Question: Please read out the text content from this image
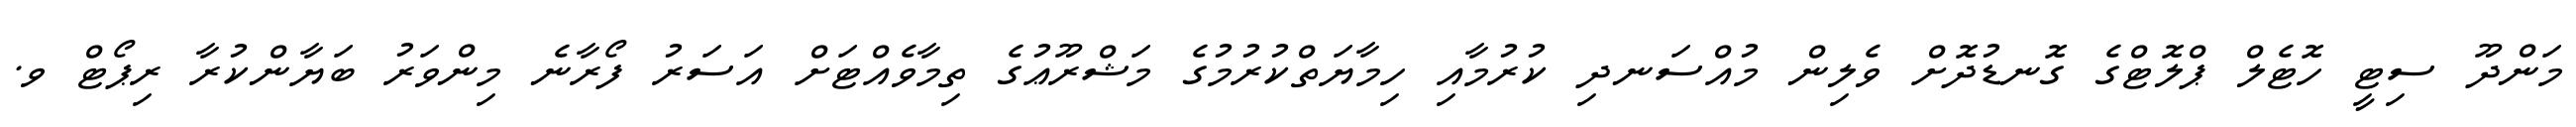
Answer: މަންދޫ ސިޓީ ހޮޓެލް ޕްލޮޓްގެ ގޮނޑުދޮށް ވެލިން މުއްސަނދި ކުރުމާއި ހިމާޔަތްކުރުމުގެ މަޝްރޫޢުގެ ތިމާވެއްޓަށް އަސަރު ފޯރާނެ މިންވަރު ބަޔާންކުރާ ރިޕޯޓް ވ.